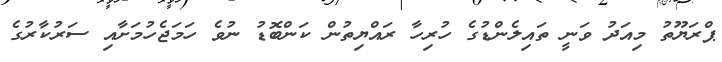
ޕްރަޔޫތު މިއަދު ވަނީ ތައިލެންޑުގެ ހުރިހާ ރައްޔިތުން ކަންބޮޑު ނުވެ ހަމަޖެހުމަށާއި ސަރުކާރުގެ